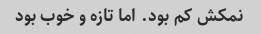
نمکش کم بود. اما تازه و خوب بود